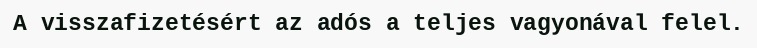
A visszafizetésért az adós a teljes vagyonával felel.